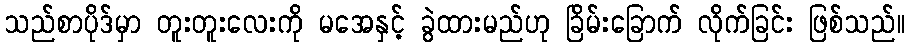
သည်စာပိုဒ်မှာ တူးတူးလေးကို မအေနှင့် ခွဲထားမည်ဟု ခြိမ်းခြောက် လိုက်ခြင်း ဖြစ်သည်။